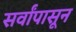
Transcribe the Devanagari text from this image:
सर्वांपासून